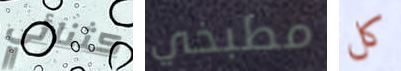
كثنائي مطبخي كل